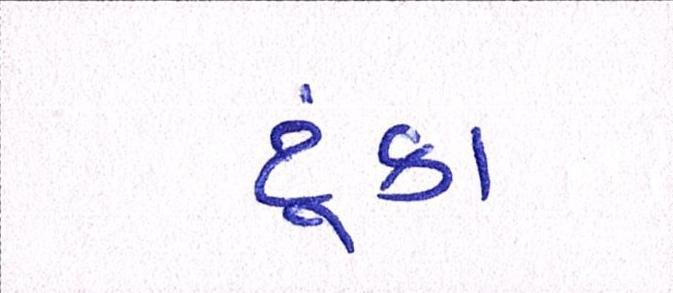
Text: ટૂંકા